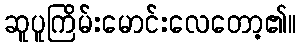
ဆူပူကြိမ်းမောင်းလေတော့၏။